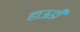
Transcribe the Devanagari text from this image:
हाऊडी